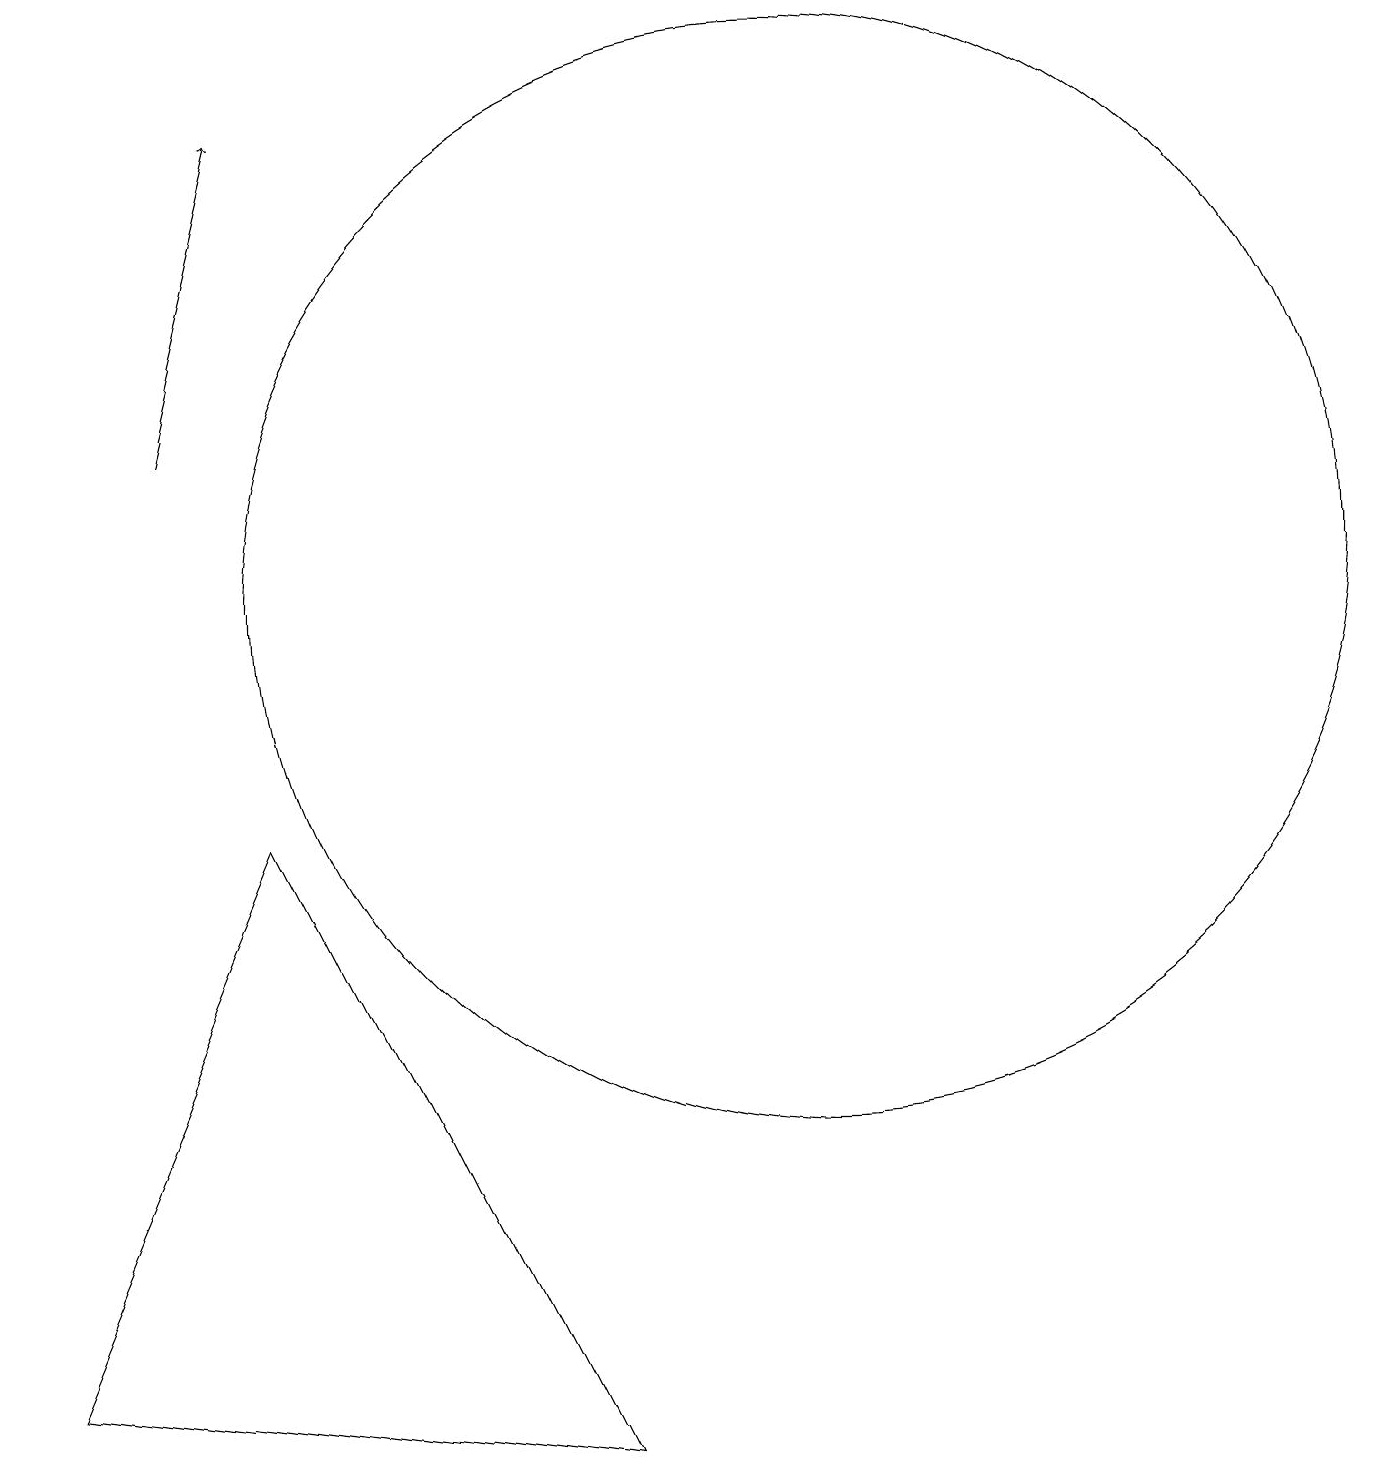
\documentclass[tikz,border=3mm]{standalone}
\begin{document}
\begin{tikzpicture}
\draw[->] (2,14) -- (3,18);
\draw (10,12) circle (7);
\draw (0,2) -- (3,9) -- (7,1) -- cycle;
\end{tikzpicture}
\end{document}